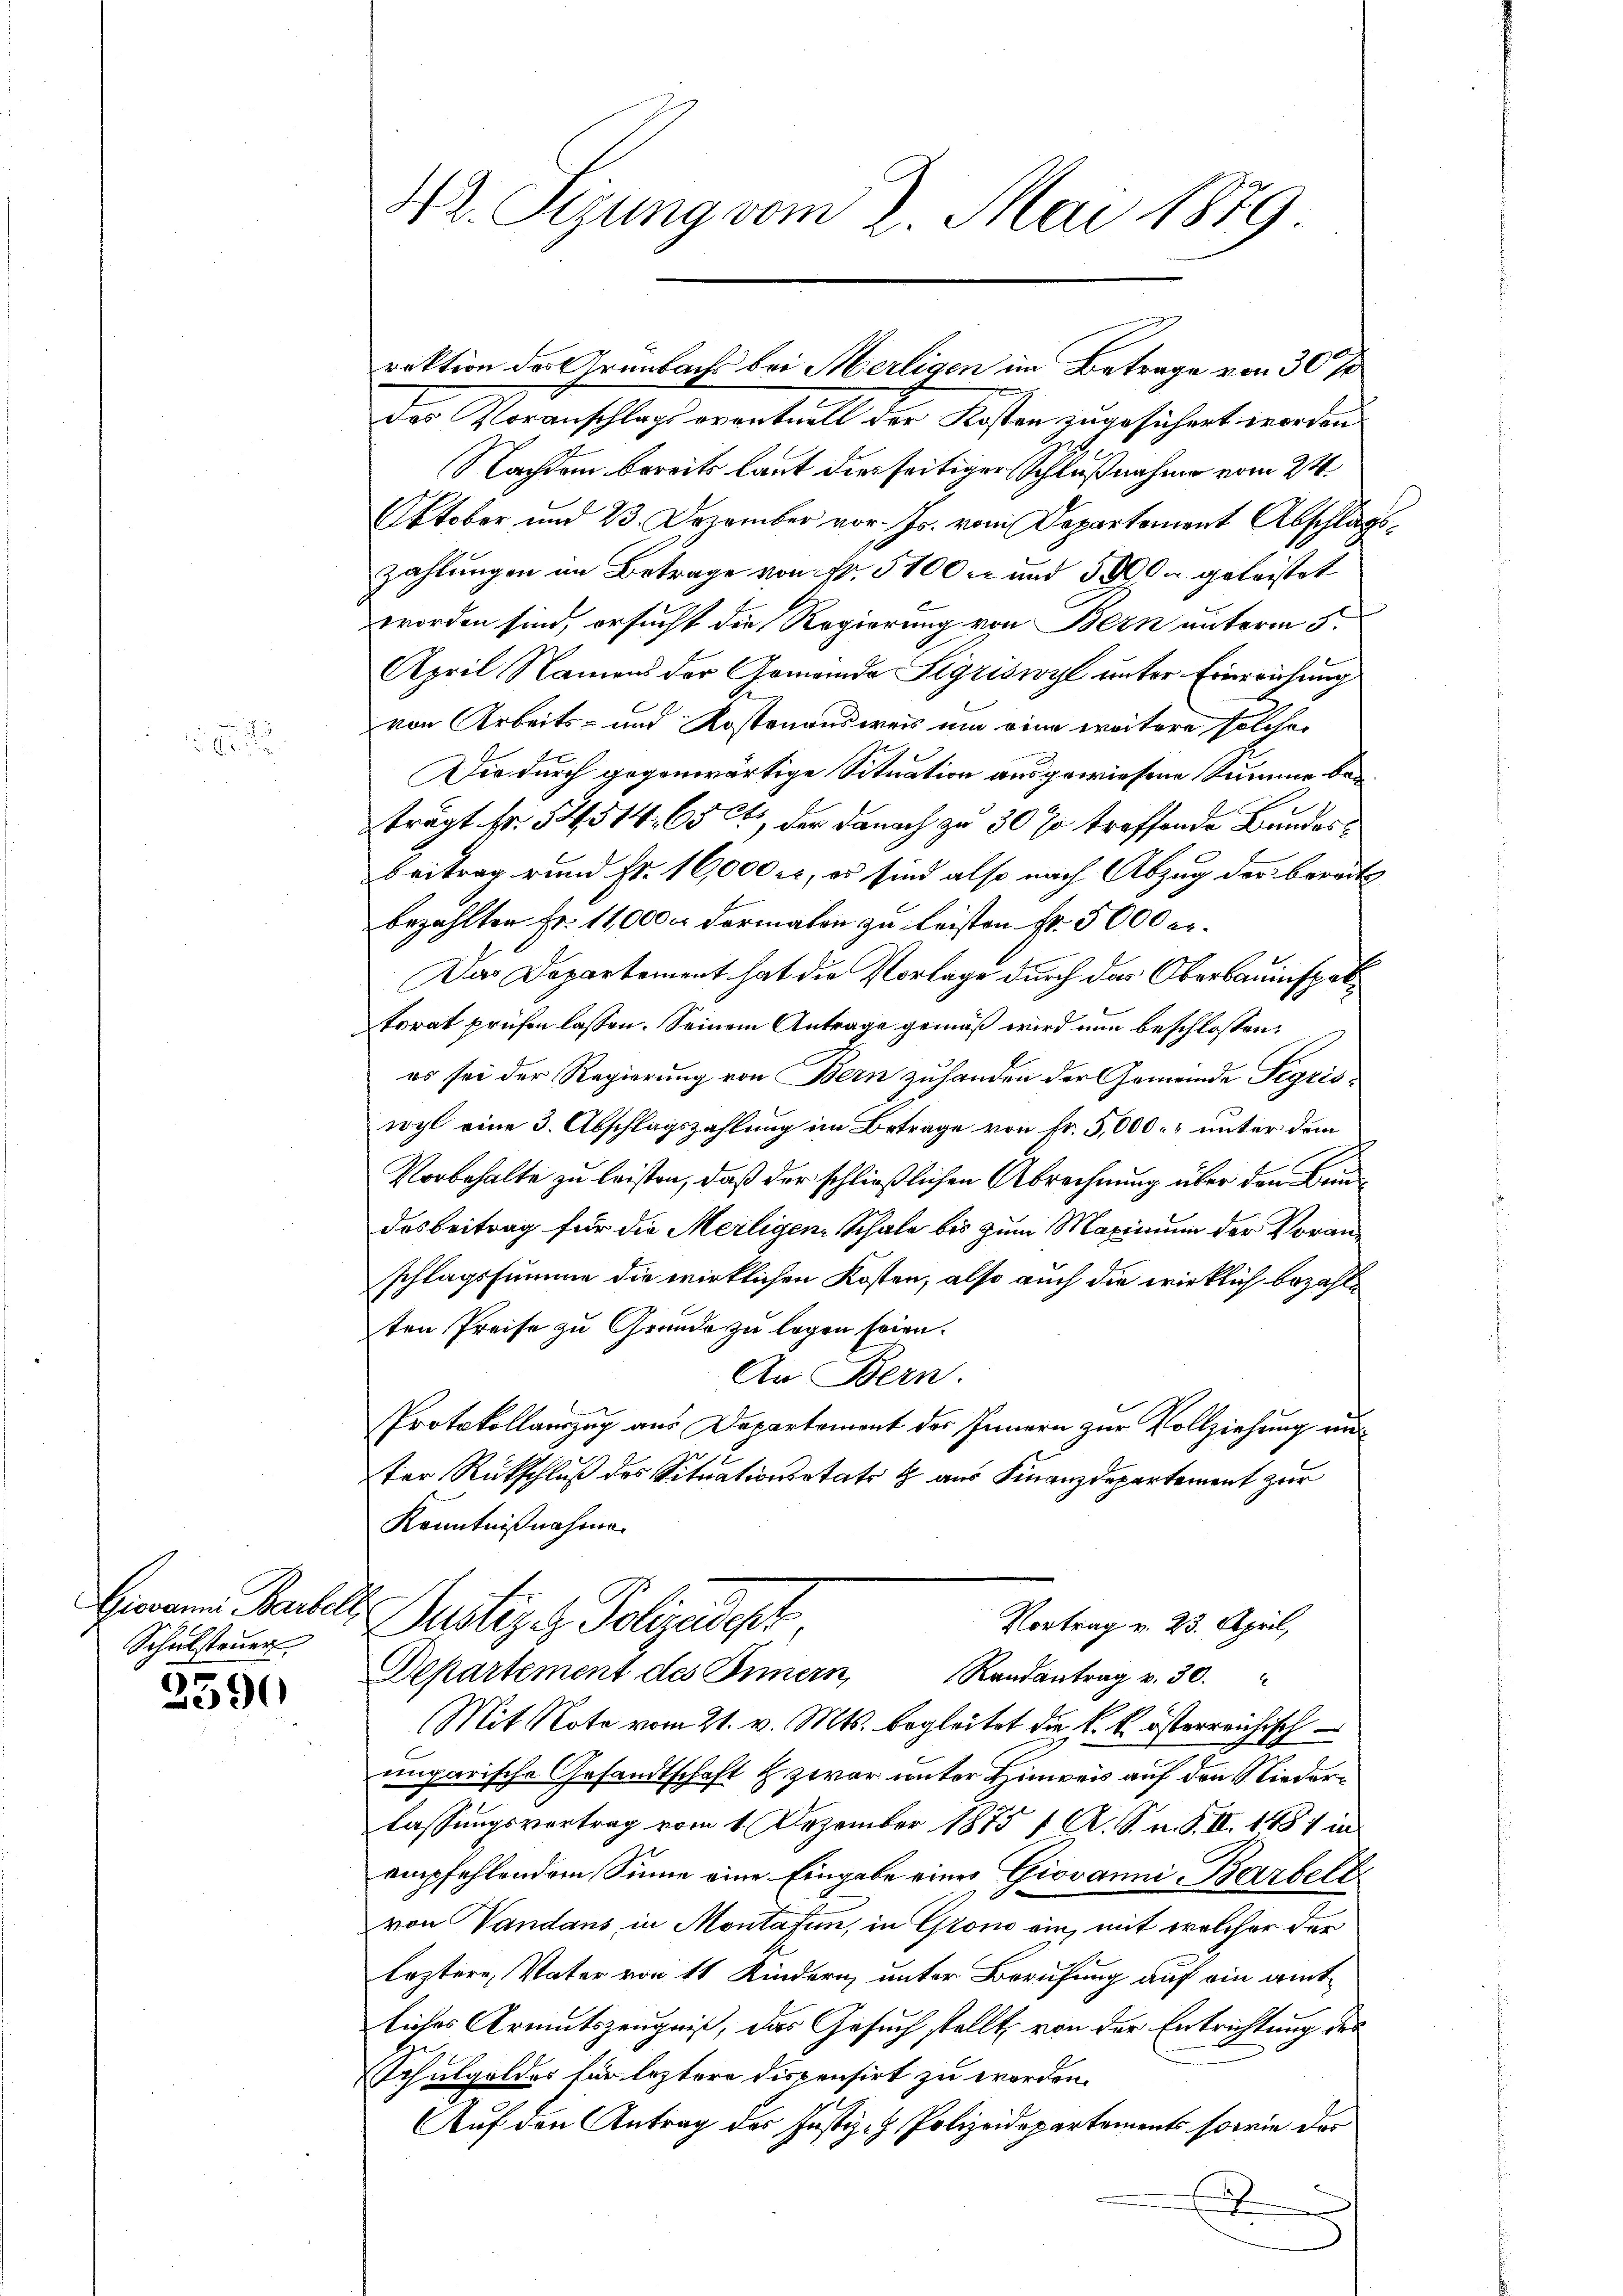
5

Schulsteuer

2590

.
s
h
t

42. Sizung vom 2. Mai 1879.

raktion der Grünbachs bei Merligen im Betrage von 30%

des Voranschlags eventuell der Kosten zugesichert worden
Nachdem bereits laut dies seitiger Schlußnahme vom 24.
Oktober und 23. Dezember vor. Js. vom Departement Abschlagszahlungen im Betrage von Nr. 51000 und 5000 geleistet
worden sind, ersucht die Regierung von Bern unterm 5.
April Namens der Gemeinde Sigriswyl unter Einreichung
von Arbeits- und Kostenausweis um eine weitere solche
Die durch gegenwärtige Situation ausgewiesene Summe be¬
A
trägt Fr. 54514. 65 Cts, der danach zu 30 so treffende Bundes
beitrag rund Fr. 16,000 er, es sind also nach Abzug der bereits
bezahlten Fr. 11,000. Formalen zu leisten Fr. 5000 er¬
Das Departement hat die Vorlage durch das Oberbauinspektorat prüfen lassen. Seinem Antrage gemäß wird nun beschlossen:
es sei der Regierung von Bern zuhanden der Gemeinde Sigriswyl eine 3. Abschlagszahlung im Betrage von Fr. 5,000. unter dem
Vorbehalte zu leisten, daß der schließlichen Abrechnung über den Baudesbeitrag für die Merligen Schale bis zum Maximum der Voranschlagssumme die wirklichen Kosten, also auch die wirklich bezahlten Preise zu Grunde zu legen seien.
An Bern.
Protokollauszug aus Departemont des Innern zur Vollziehung au
ter Rückschluß des Situationsstate & aus Finanzdepartement zur
Kenntnißnahme.
Gierau Backelt Justiz & Polizeidest
Vortrag v. 23. April,
Departement des Innern Randantrag v. 30.
Mit Note vom 21. v. Mts. begleitet die k. k. österreichisch
ungarische Gesandtschaft & zwar unter Hinweis auf den Niederlassungsvortrag vom 1. Dezember 1875 1 A. S. n. F. II. 1881 in
empfehlendem Sinne eine Eingabe eines Giovanni Barrbelt
von Vandans in Montafen, in Grono ein, mit welcher der
lostern, Vater von 11 Kindern unter Berufung auf ein amtliches Armutszeugniß, das Gesuch stellt, von der Entrichtung des
Schulgelder für leztere Dispensirt zu worden.
Auf den Antrag des Justiz- & Polizeidepartements sowie das
.